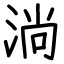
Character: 淌